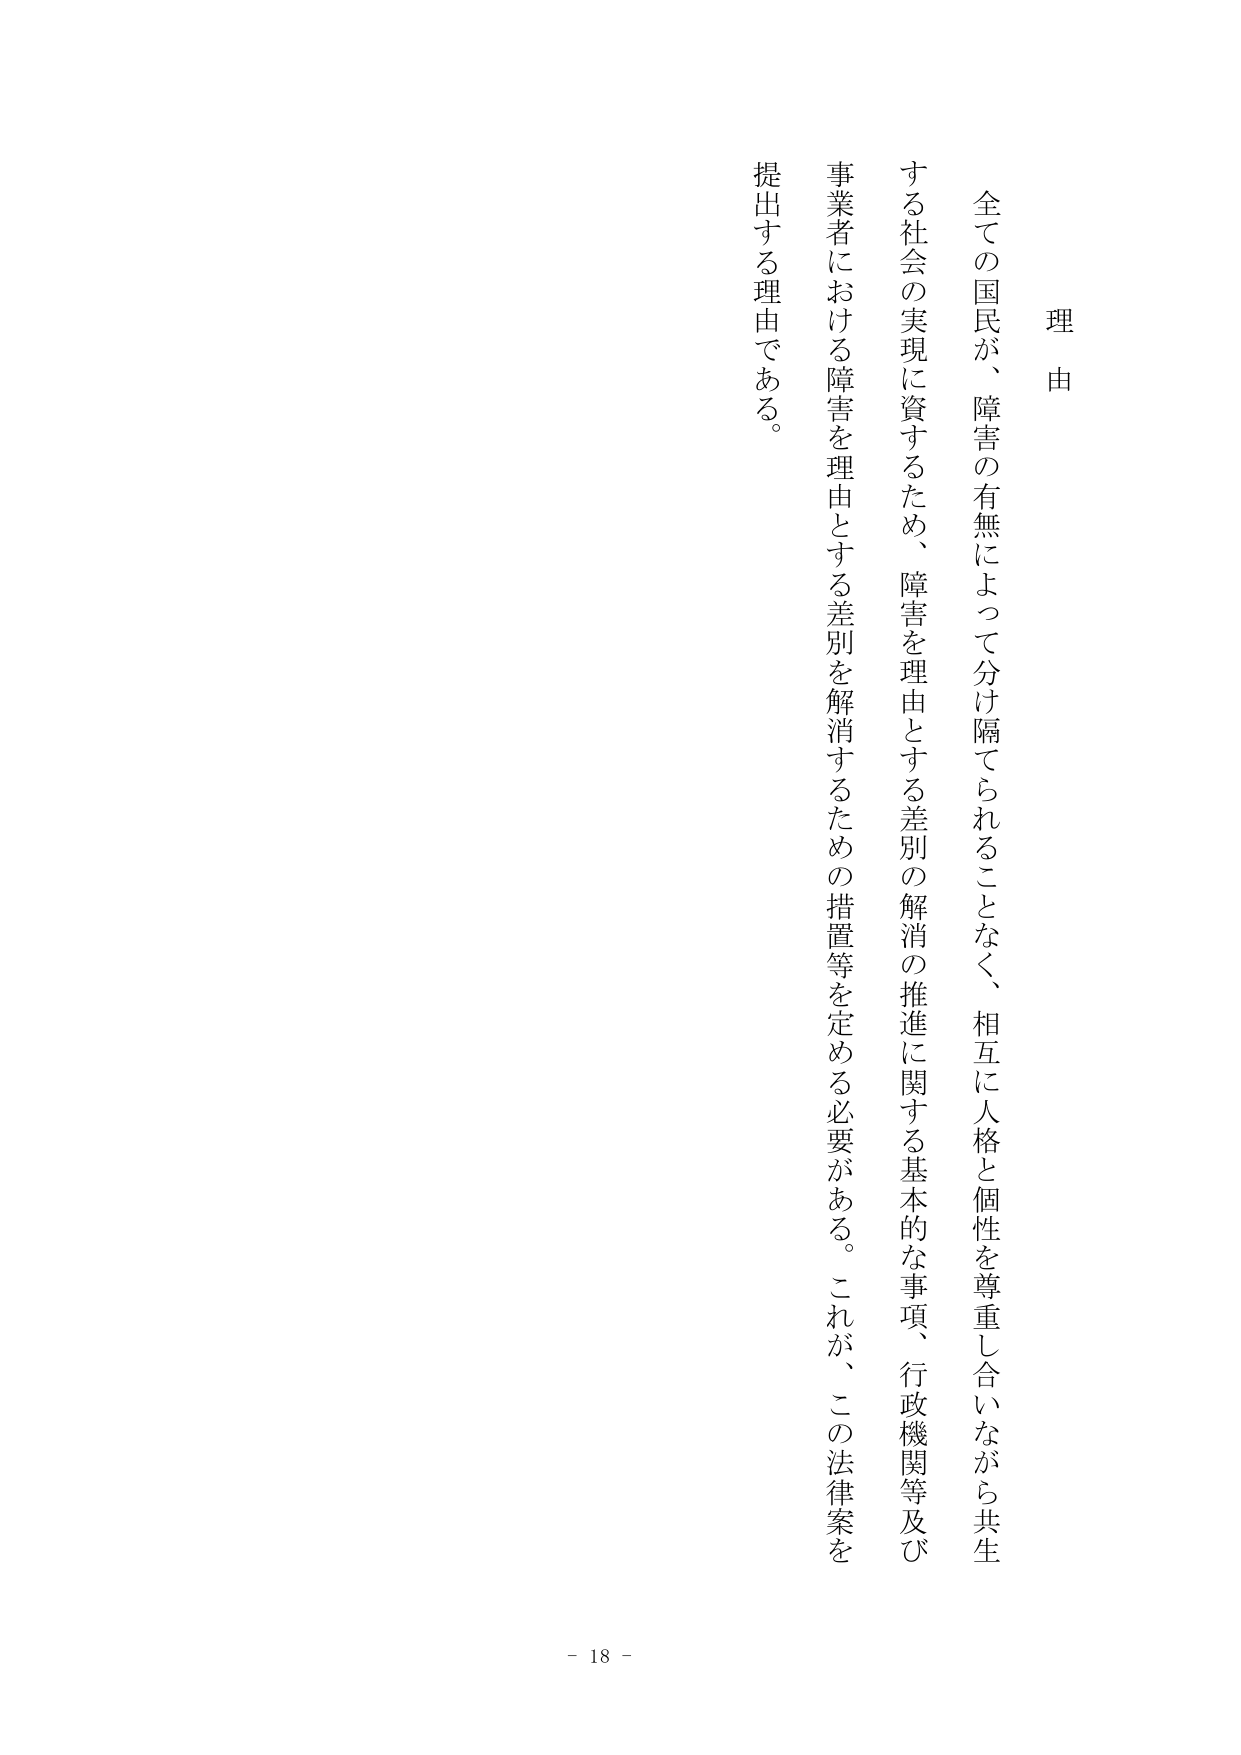
理由

全ての国民が、障害の有無によって分け隔てられることなく、相互に人格と個性を尊重し合いながら共生する社会の実現に資するため、障害を理由とする差別の解消の推進に関する基本的な事項、行政機関等及び事業者における障害を理由とする差別を解消するための措置等を定める必要がある。これが、この法律案を提出する理由である。

- 18 -